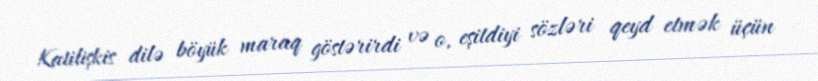
Katilişkis dilə böyük maraq göstərirdi və o, eşitdiyi sözləri qeyd etmək üçün